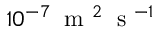
1 0 ^ { - 7 } \: \textrm { m } ^ { 2 } \: \textrm { s } ^ { - 1 }